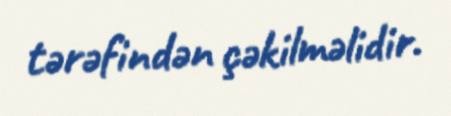
tərəfindən çəkilməlidir.